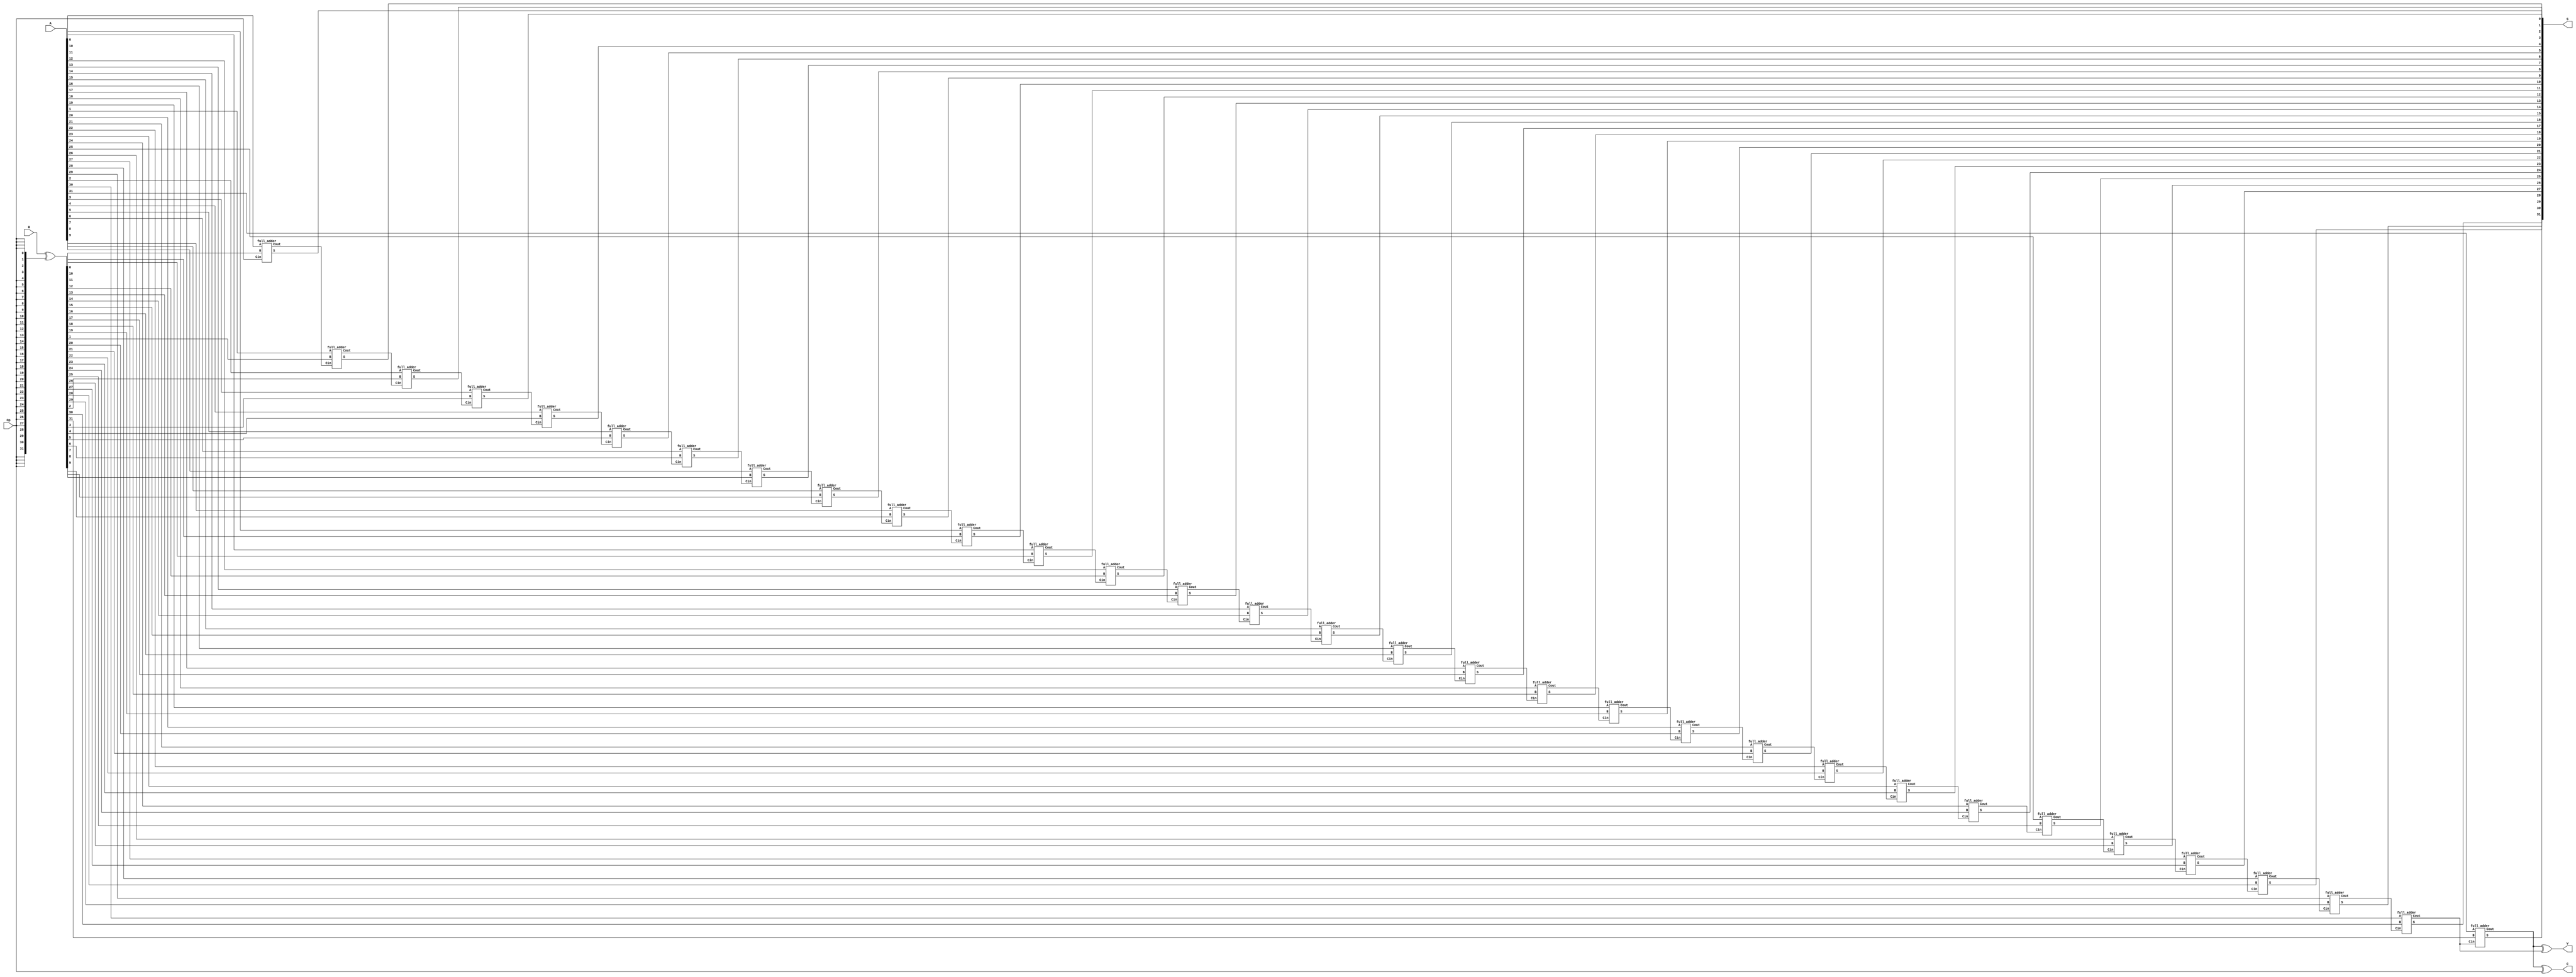


module ripple_carry_adder_subtractor(S, C, V, A, B, Op);
   parameter N=16;
   output [(2*N-1):0] S;
   output 	C;
   output 	V;
   input [(2*N-1):0] A;
   input [(2*N-1):0] B;
   input 	Op;  // The operation: 0 => Add, 1=>Subtract.
   genvar i;

   wire [(2*N):0] temp_c;
   wire [(2*N-1):0] temp_xor;
   wire [(2*N-1):0] temp_op;

   assign temp_c[0]=Op;
   assign temp_op={{(2*N-1){Op}},Op};
   assign temp_xor=B^temp_op;
   assign C=temp_c[(2*N)]^Op;
   assign V=temp_c[(2*N)]^temp_c[(2*N-1)];
 
   generate
		for(i = 0; i <= (2*N-1); i = i + 1)
		begin
			full_adder u_full_adder_inst (S[i], temp_c[i+1], A[i], temp_xor[i], temp_c[i]);
		end
   endgenerate

endmodule // ripple_carry_adder_subtractor

module full_adder(S, Cout, A, B, Cin);
   output S;
   output Cout;
   input  A;
   input  B;
   input  Cin;

   assign S=A^B^Cin;
   assign Cout= (A & B) | ((A | B) & Cin);

endmodule